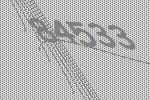
84533